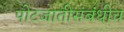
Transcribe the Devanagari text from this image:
पोटजातीसंबंधीच